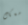
معك